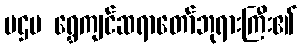
ပဌမ ရွှေကျင်ဆရာတော်ဘုရားကြီး၏